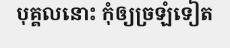
បុគ្គលនោះ កុំឲ្យច្រឡំទៀត